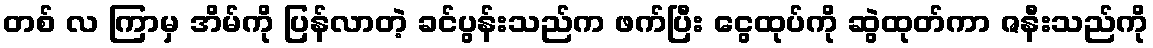
တစ် လ ကြာမှ အိမ်ကို ပြန်လာတဲ့ ခင်ပွန်းသည်က ဖက်ပြီး ငွေထုပ်ကို ဆွဲထုတ်ကာ ဇနီးသည်ကို